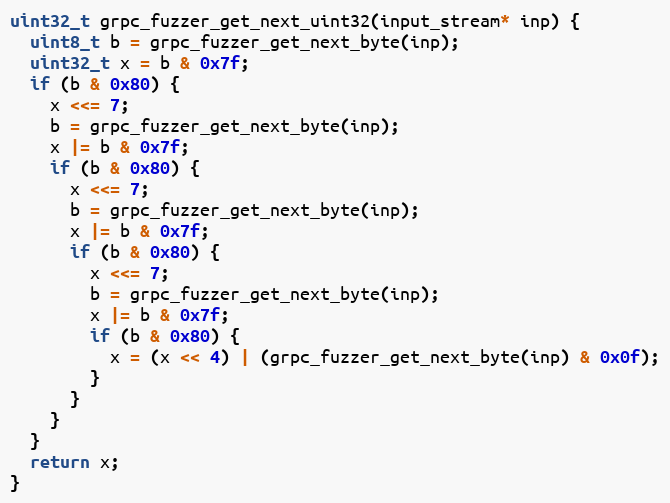
Language: C++
uint32_t grpc_fuzzer_get_next_uint32(input_stream* inp) {
  uint8_t b = grpc_fuzzer_get_next_byte(inp);
  uint32_t x = b & 0x7f;
  if (b & 0x80) {
    x <<= 7;
    b = grpc_fuzzer_get_next_byte(inp);
    x |= b & 0x7f;
    if (b & 0x80) {
      x <<= 7;
      b = grpc_fuzzer_get_next_byte(inp);
      x |= b & 0x7f;
      if (b & 0x80) {
        x <<= 7;
        b = grpc_fuzzer_get_next_byte(inp);
        x |= b & 0x7f;
        if (b & 0x80) {
          x = (x << 4) | (grpc_fuzzer_get_next_byte(inp) & 0x0f);
        }
      }
    }
  }
  return x;
}